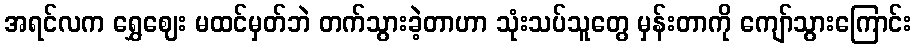
အရင်လက ရွှေဈေး မထင်မှတ်ဘဲ တက်သွားခဲ့တာဟာ သုံးသပ်သူတွေ မှန်းတာကို ကျော်သွားကြောင်း